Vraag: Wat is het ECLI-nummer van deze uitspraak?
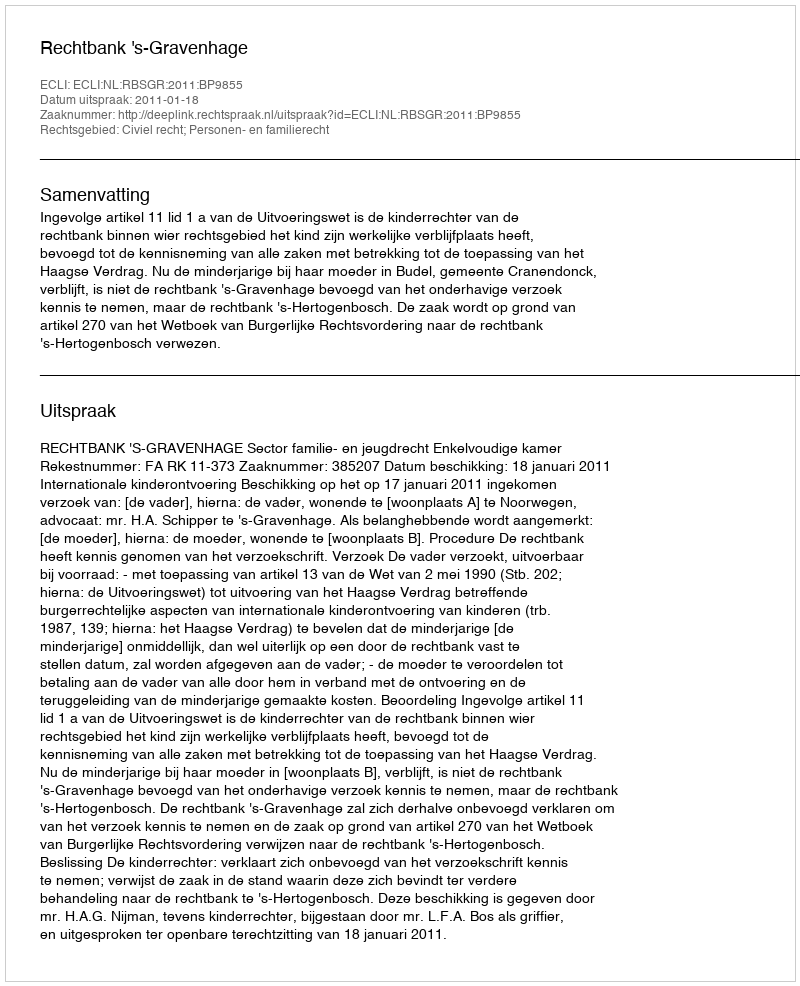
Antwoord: ECLI:NL:RBSGR:2011:BP9855